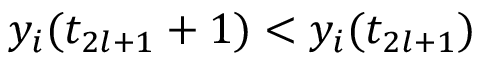
y _ { i } ( t _ { 2 l + 1 } + 1 ) < y _ { i } ( t _ { 2 l + 1 } )